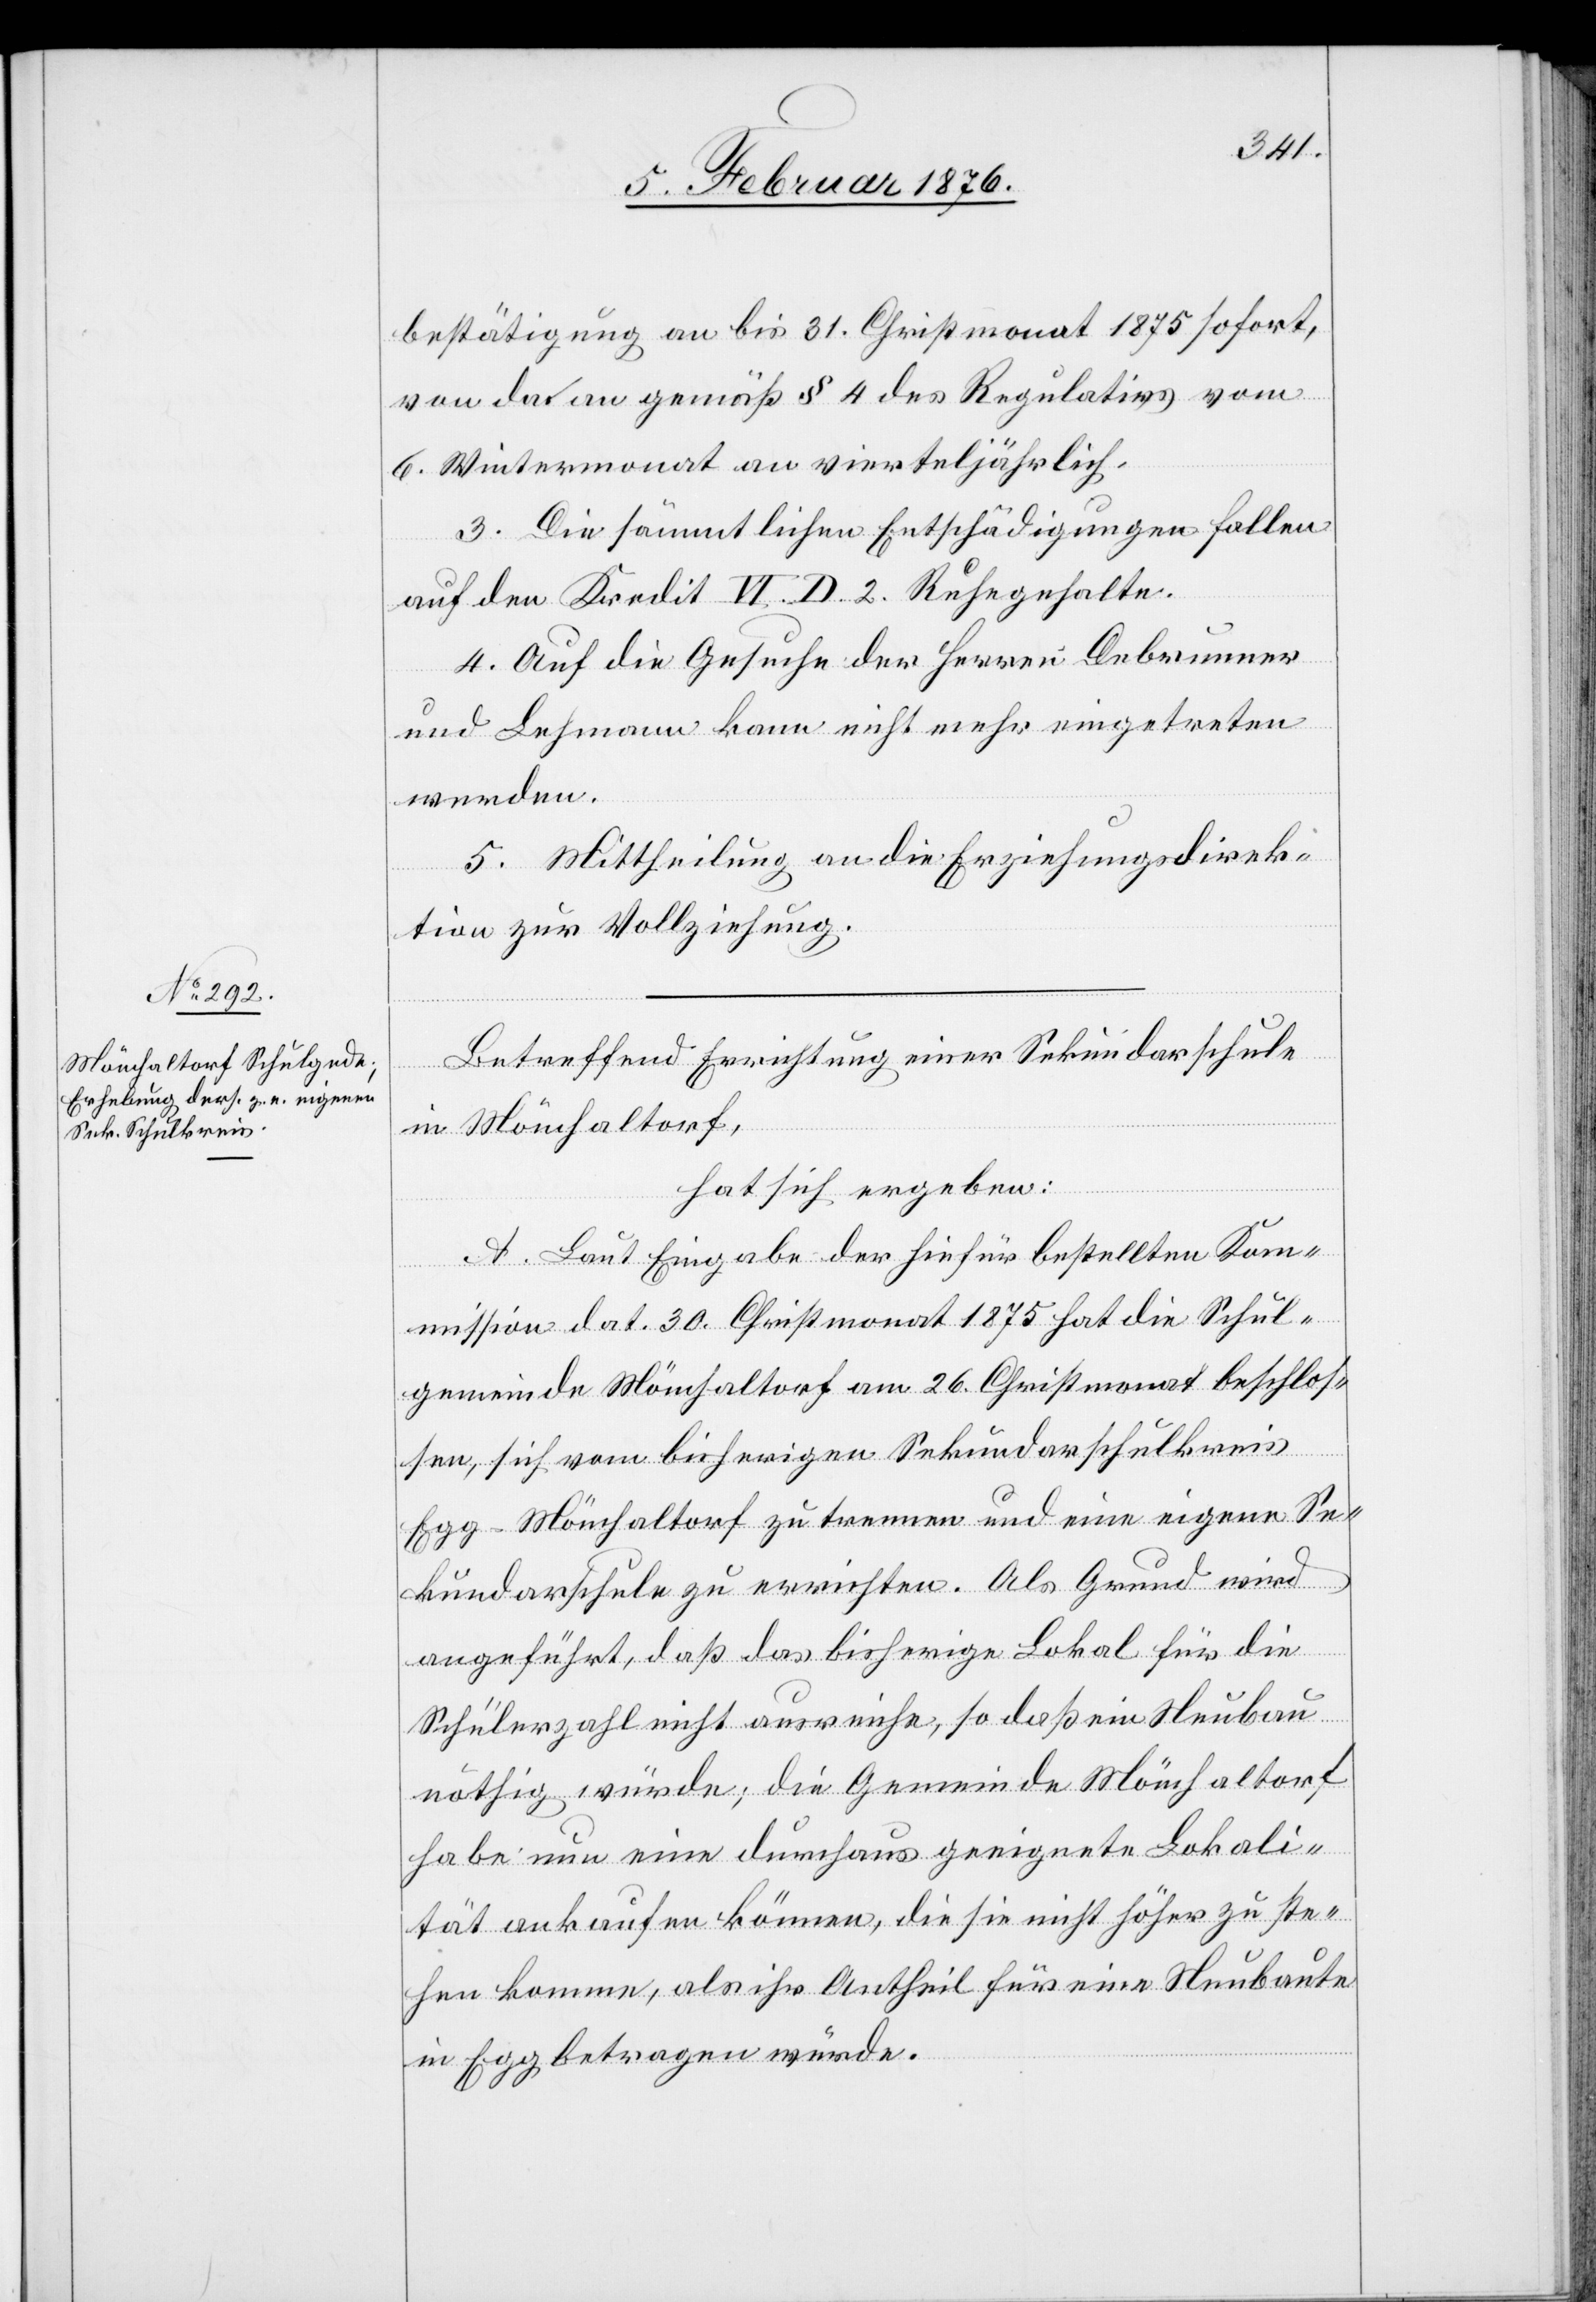
bestätigung an bis 31. Christmonat 1875 sofort
von der an gemäß § 4 des Regulativs vom
6. Wintermonat an vierteljährlich.
3. Die sämmtlichen Entschädigungen fallen
auf den Kredit VI. D. 2. Ruhegehalte.
4. Auf die Gesuche der Herren Debrunner
und Lehmann kann nicht mehr eingetreten
werden.
5. Mittheilung an die Erziehungsdirek¬
tion zur Vollziehung.
Betreffend Errichtung einer Sekundarschule
in Mönchaltorf,
hat sich ergeben:
A. Seit Eingabe der hierfür bestellten Kom¬
mission dat. 30. Christmonat 1875 hat die Schul¬
gemeinde Mönchaltorf am 26. Christmonat beschlos¬
sen, sich vom bisherigen Sekundarschulkreis
Egg-Mönchaltorf zu trennen und eine eigene Se¬
kundarschule zu errichten. Als Grund wird
angeführt, daß das bisherige Lokal für die
Schülerzahl nicht ausreiche, so daß ein Neubau
nöthig würde, die Gemeinde Mönchaltorf
habe nun eine durchaus geeignete Lokali¬
tät ankaufen können, die sie nicht höher zu ste¬
hen komme, als ihr Antheil für eine Neubaute
in Egg betragen würde.